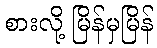
စားလို့ မြိန်မှမြိန်